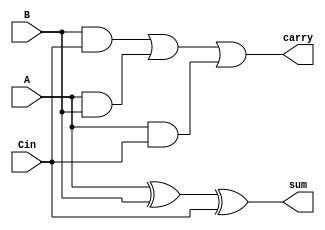
// This program was cloned from: https://github.com/aryanmahawar205/ModelSim-IntelFPGA
// License: GNU General Public License v3.0

//dataflow modelling for Full Adder

module exp_df(sum, carry, A, B, Cin);
input A, B, Cin; output sum, carry;
assign sum = A^B^Cin;
assign carry = (B&Cin)|(A&B)|(A&Cin);
endmodule